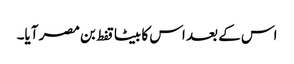
اس کے بعد اس کا بیٹا قفط بن مصر آیا۔